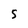
Character: S